system: You are a helpful assistant.
user:
Analyze the provided spectrum to determine if it is a **S-type Star**.

- **Key Indicators for S-type Star:**

    - **(Overall Spectrum Shape):** The first and most obvious characteristic is the overall continuum (the "baseline" shape). It is **extremely "red-sloping,"** meaning the flux (light intensity) is very low on the left side (blue, ~4000-4500 Å) and rises steeply and continuously toward the right side (red, ~7000 Å+).

    - **(Primary):** The spectrum is defined by the presence of strong, broad molecular absorption "valleys" (bands) from **Zirconium Oxide (ZrO)**. The identification of these bands is the **primary requirement** for classifying a star as S-type.
        - **(Key Bandheads):** You must find distinct, deep "dips" where the light has been absorbed. The most critical band systems to locate are:
            - **~6474 Å** ($\gamma$-system): This is often the strongest and clearest ZrO feature, found in the red part of the spectrum.
            - **~5718 Å** & **~5551 Å** ($\beta$-system): A pair of prominent absorption features in the yellow-orange part of the spectrum.
            - **~4640 Å** ($\alpha$-system): A key absorption band system in the blue-green region of the spectrum.

    - **(Secondary Confirmation):** The classification is strengthened by finding additional absorption bands from other related heavy element oxides, which are expected to be present alongside ZrO.
        - **(Key Bandheads):**
            - **Yttrium Oxide (YO):** Look for absorption dips near **~4800 Å** and **~6100 Å**.
            - **Lanthanum Oxide (LaO):** Additional absorption features, particularly in the red-orange part of the spectrum, are also characteristic.

    - **(Line Profile):** The combination of the steep red continuum and these numerous, deep molecular bands (ZrO, YO, etc.) gives the entire spectrum a very **"chopped-up"** or **"bumpy"** appearance. Instead of a smooth curve, the spectrum looks as though large, wide chunks of light have been "carved out" of it at the specific wavelengths listed above.

Think first, call **spectral_visualization_tool** if needed to examine features in detail, then provide your final answer. Your response must adhere to the following strict rules:
1.  **Overall Structure:** Your response must follow the format `<think>...</think> <tool_call>...</tool_call> (if a tool is used) <answer>...</answer>`.
2.  **Tool Usage Constraint:** You may only make **one** tool call per turn.
3.  **Final Answer Format:** In the `<answer>` tag, your conclusion must be inside a `\boxed{}` command (e.g., `\boxed{YES}` or `\boxed{NO}`), followed by your justification.

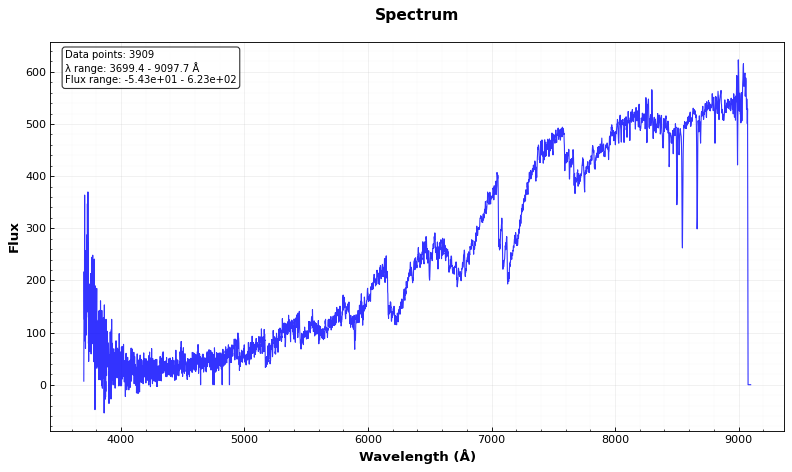
Answer: YES